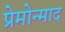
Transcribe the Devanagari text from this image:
प्रेमोन्माद